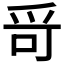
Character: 𤔄